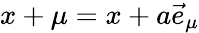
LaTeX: x+\mu=x+a\vec{e}_{\mu}